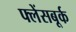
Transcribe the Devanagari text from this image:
फ्लेंसबूर्क